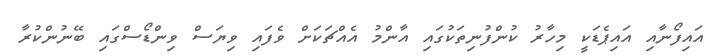
އައިފޯނާއި އައިޕެޑަކީ މިހާރު ކުންފުނިތަކުގައި އާންމު އެއްޗަކަށް ވެފައި ވިޔަސް ވިންޑޯސްގައި ބޭނުންކުރާ